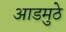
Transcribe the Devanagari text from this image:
आडमुठे